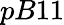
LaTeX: pB11